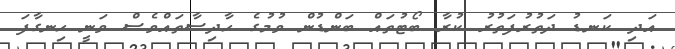
އަދި ކަނޑު ދަތުރުފަތުރު ކުރާ ބޯޓުތައް ބަންޑުން ވުމުގެ ހާދިސާތައްވެސް ވަނީ ހިނގާފަ